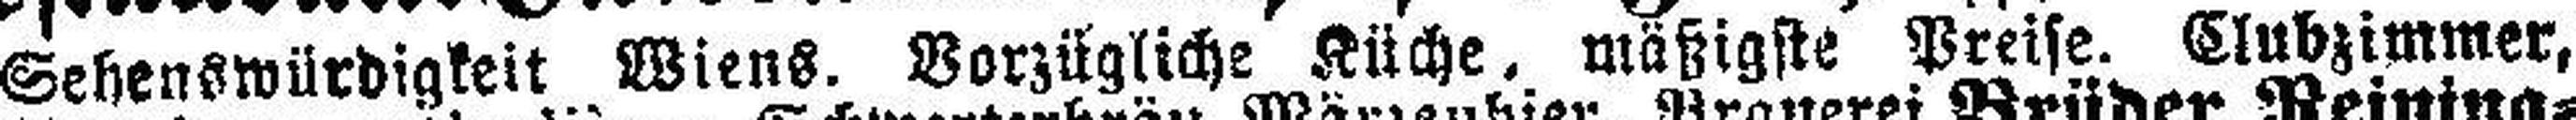
Sehenswürdigkeit Wiens. Vorzügliche Küche, mäßigste Preise. Clubzimmer,